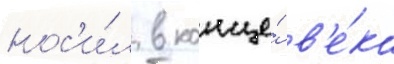
нос'и́л в конце́ в'е́ка